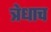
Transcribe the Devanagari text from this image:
त्रेधाच